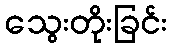
သွေးတိုးခြင်း